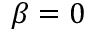
\beta = 0